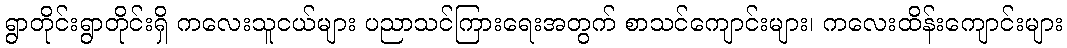
ရွာတိုင်းရွာတိုင်းရှိ ကလေးသူငယ်များ ပညာသင်ကြားရေးအတွက် စာသင်ကျောင်းများ၊ ကလေးထိန်းကျောင်းများ